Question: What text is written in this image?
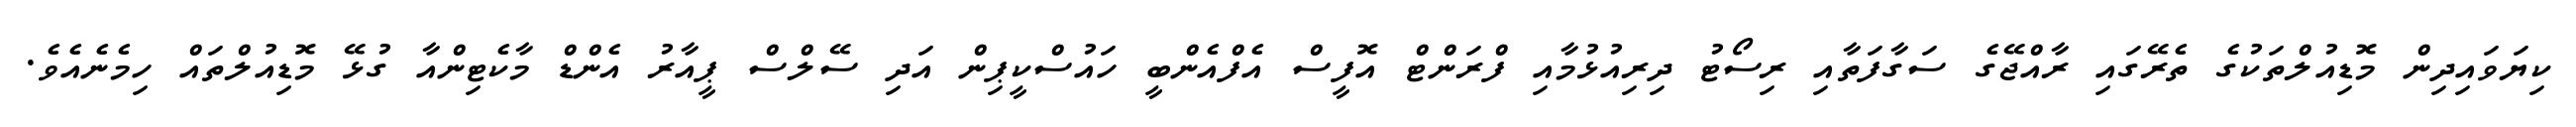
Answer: ކިޔަވައިދިން މޮޑިއުލްތަކުގެ ތެރޭގައި ރާއްޖޭގެ ސަގާފަތާއި ރިސޯޓު ދިރިއުޅުމާއި ފްރަންޓް އޮފީސް އެފްއެންބީ ހައުސްކީޕިން އަދި ސޭލްސް ޕީއާރު އެންޑް މާކެޓިންއާ ގުޅޭ މޮޑިއުލްތައް ހިމެނެއެވެ.